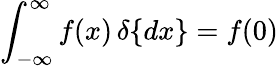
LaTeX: \int_{-\infty}^{\infty}f(x)\, \delta\{ dx\} =f(0)